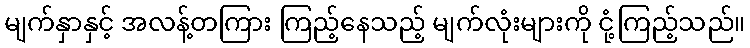
မျက်နှာနှင့် အလန့်တကြား ကြည့်နေသည့် မျက်လုံးများကို ငုံ့ကြည့်သည်။